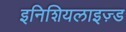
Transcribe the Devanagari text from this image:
इनिशियलाइज़्ड